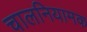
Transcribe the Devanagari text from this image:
चालनियामक